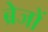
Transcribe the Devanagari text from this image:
ब्रेजों